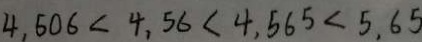
4 . 6 0 6 < 4 . 5 6 < 4 . 5 6 5 < 5 . 6 5